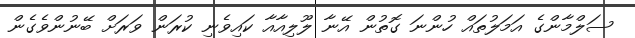
ސަލްމާންގެ އަމަލުތައް ހުންނަ ގޮތުން އޭނާ ލޫލިއާއާ ކައިވެނި ކުރަން ވަރަށް ބޭނުންވެގެން